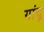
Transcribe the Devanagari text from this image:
गांदू